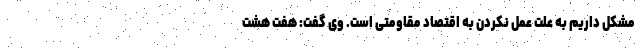
مشکل داریم به علت عمل نکردن به اقتصاد مقاومتی است. وی گفت: هفت هشت